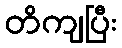
တိကျပြီး